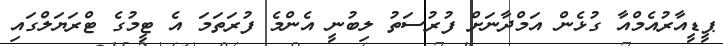
ޕީޑީއާރުއެމްއާ ގުޅެން އަމްދާނަށް ފުރުސަތު ލިބުނީ އެންމެ ފުރަތަމަ އެ ޓީމުގެ ޓްރަޔަލްގައި